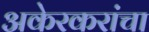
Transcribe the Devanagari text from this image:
अकेरकरांचा